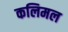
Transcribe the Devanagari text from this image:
कलिमल